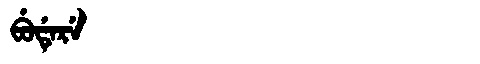
Manchu: ᠪᡠᡩᡝᡵᡝ
Romanization: BUDERE